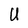
Character: U